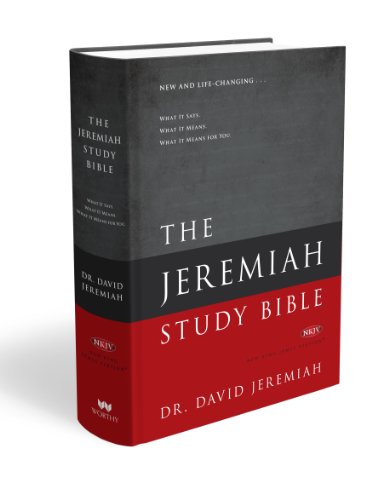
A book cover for The Jeremiah Study Bible, NKJV: What It Says. What It Means. What It Means for You.; David Jeremiah; Christian Books & Bibles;